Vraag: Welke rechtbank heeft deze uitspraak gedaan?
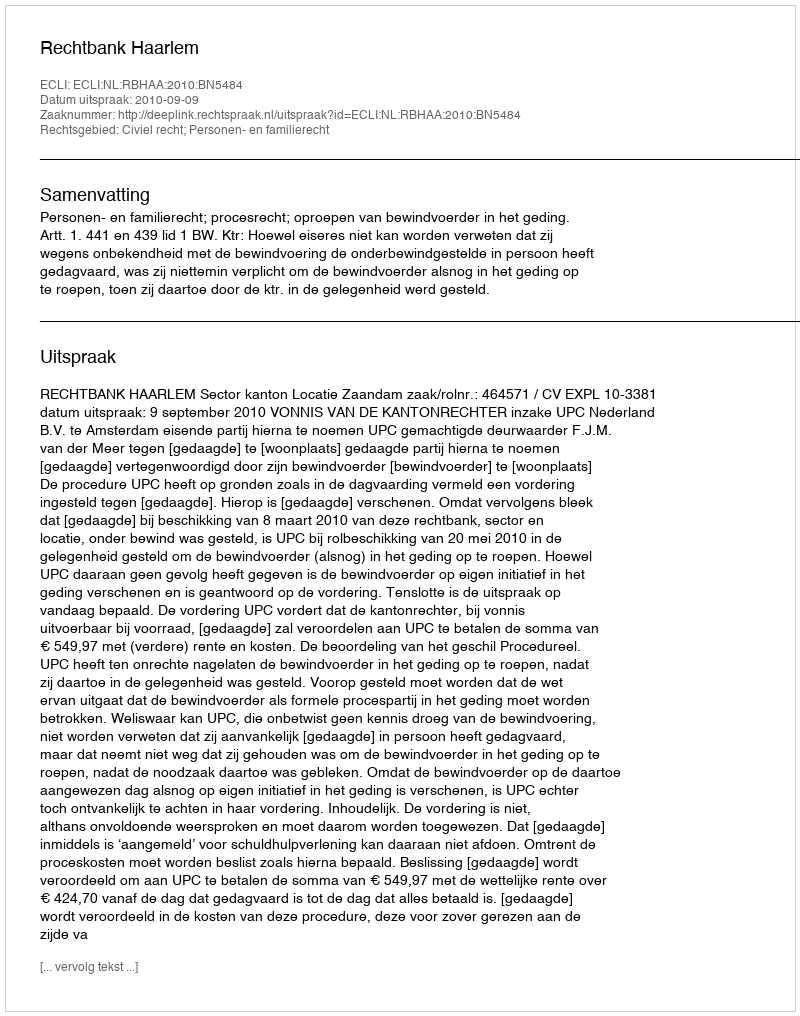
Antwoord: Rechtbank Haarlem